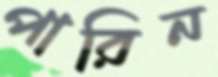
পারিন